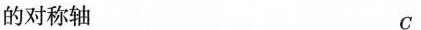
的对称轴 C